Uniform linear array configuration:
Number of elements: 48
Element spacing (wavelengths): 0.25
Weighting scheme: kaiser
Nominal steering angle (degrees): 60
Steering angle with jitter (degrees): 60.911
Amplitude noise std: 0.05
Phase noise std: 0.05

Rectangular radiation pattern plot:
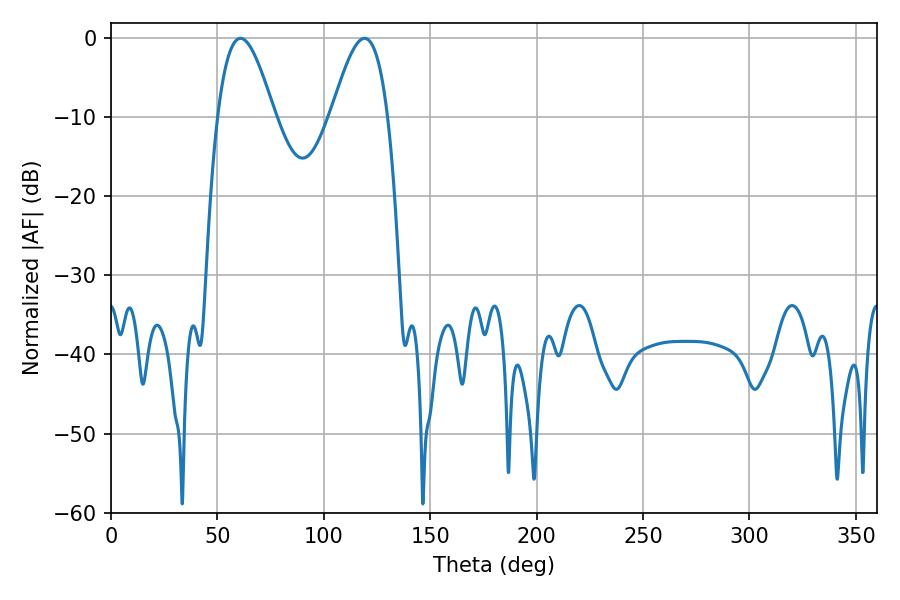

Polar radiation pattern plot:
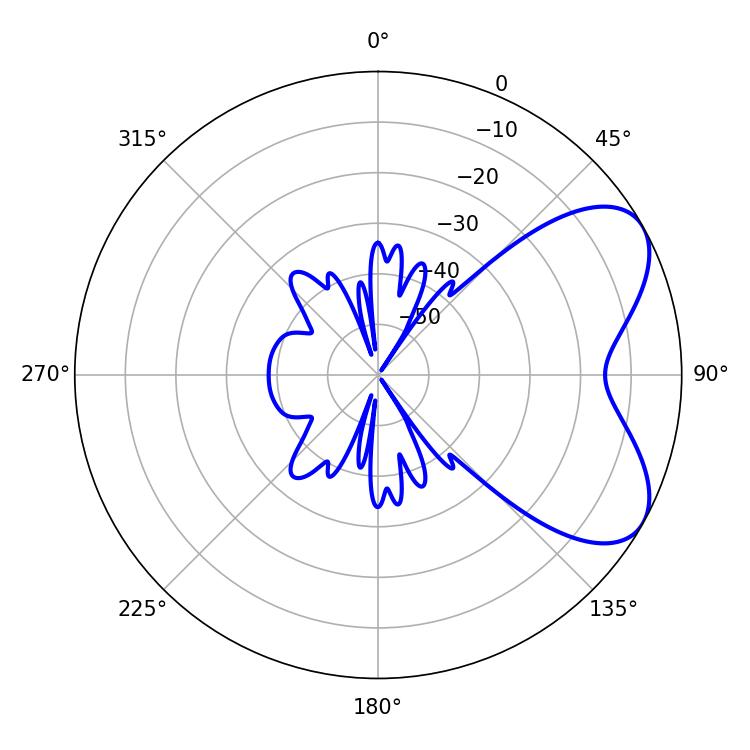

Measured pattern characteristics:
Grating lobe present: FALSE
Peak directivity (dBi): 6.065
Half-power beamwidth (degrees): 14.4
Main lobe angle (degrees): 60.84